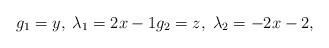
LaTeX: \begin{align*}g_{1}=y,\;\lambda_{1}=2x-1g_{2}=z,\;\lambda_{2}=-2x-2,\end{align*}